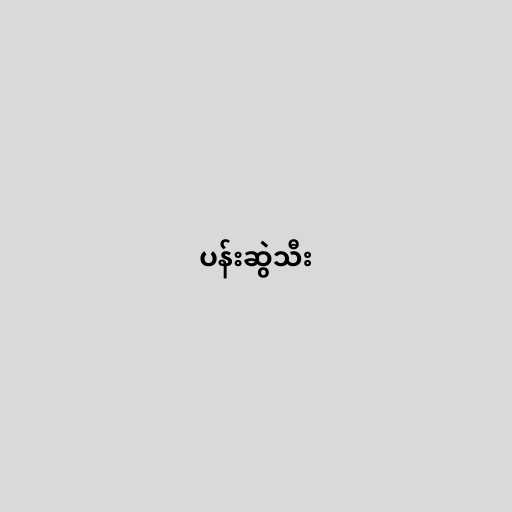
ပန်းဆွဲသီး